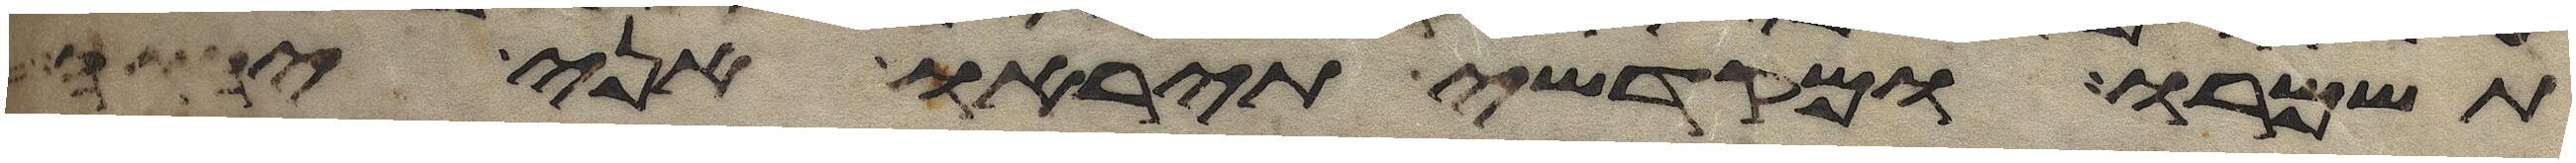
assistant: תשמרו ומקדשי תיראו אני יהוה